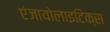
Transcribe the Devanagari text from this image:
एंजायोलाइटिक्स